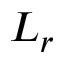
L _ { r }